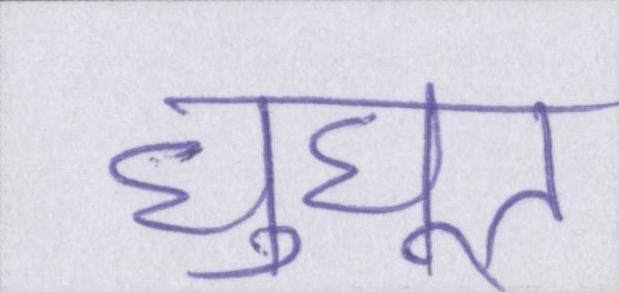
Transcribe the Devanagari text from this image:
घुघूत